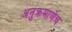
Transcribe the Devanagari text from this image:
अनुक्रमाणेच